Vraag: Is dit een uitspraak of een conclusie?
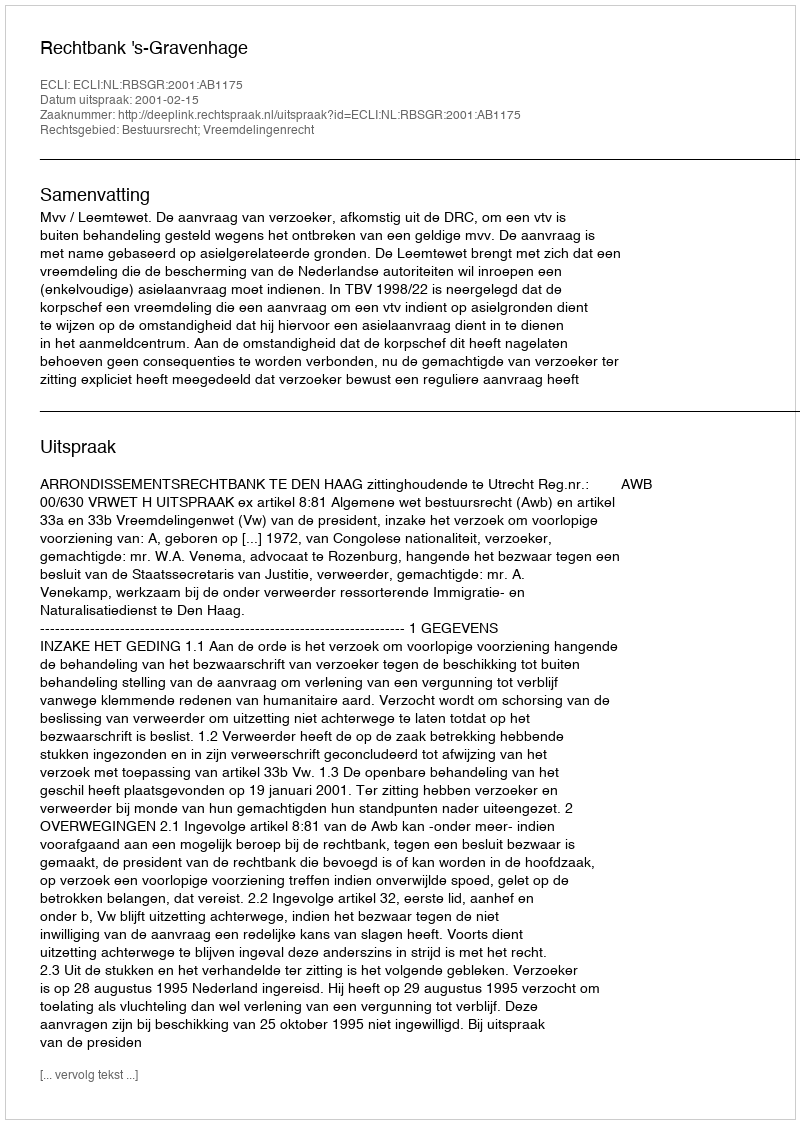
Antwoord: Uitspraak